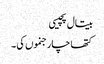
بیتال پچیسی
کتھا چار جنموں کی ۔